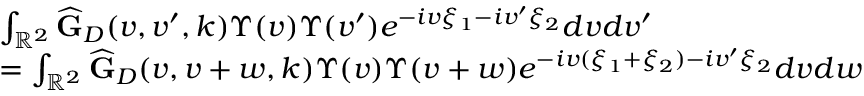
\begin{array} { r } { \begin{array} { r l } & { \int _ { \mathbb { R } ^ { 2 } } \widehat { \mathbf { G } } _ { D } ( v , v ^ { \prime } , k ) \Upsilon ( v ) \Upsilon ( v ^ { \prime } ) e ^ { - i v \xi _ { 1 } - i v ^ { \prime } \xi _ { 2 } } d v d v ^ { \prime } } \\ & { = \int _ { \mathbb { R } ^ { 2 } } \widehat { \mathbf { G } } _ { D } ( v , v + w , k ) \Upsilon ( v ) \Upsilon ( v + w ) e ^ { - i v ( \xi _ { 1 } + \xi _ { 2 } ) - i v ^ { \prime } \xi _ { 2 } } d v d w } \end{array} } \end{array}